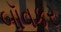
બૉવકર